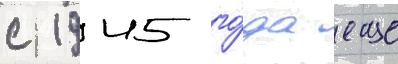
с 1945 го́да еще